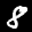
Label: 8